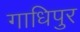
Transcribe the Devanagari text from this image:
गाधिपुर